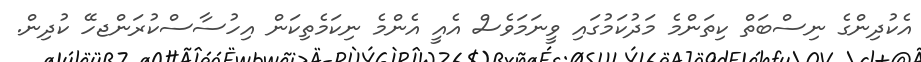
އެކުދިންގެ ނިސްބަތް ކިތަންމެ މަދުކަމުގައި ވީނަމަވެސް އެއީ އެންމެ ނިކަމެތިކަން އިހުސާސްކުރަންޖހޭ ކުދިން.